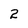
Character: 2